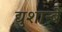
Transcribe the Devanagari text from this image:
द्युशान्बे